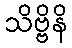
သိဗ္ဗိနိ